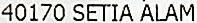
40170 SETIA ALAM